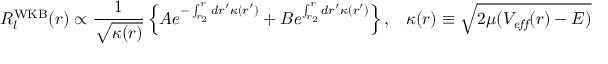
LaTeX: R _ { l } ^ { \mathrm { W K B } } ( r ) \propto \frac { 1 } { \sqrt { \kappa ( r ) } } \left\{ A e ^ { - \int _ { r _ { 2 } } ^ { r } d r ^ { \prime } \kappa ( r ^ { \prime } ) } + B e ^ { \int _ { r _ { 2 } } ^ { r } d r ^ { \prime } \kappa ( r ^ { \prime } ) } \right\} , \; \; \; \kappa ( r ) \equiv \sqrt { 2 \mu ( V _ { \it e f f } ( r ) - E ) }